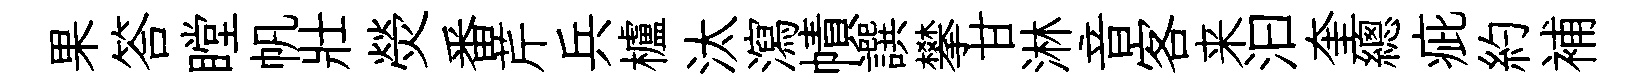
果答瞠帆壯熒番芹兵櫨汰瀉幘譔攀甘淋音客来汩奎總疵約補